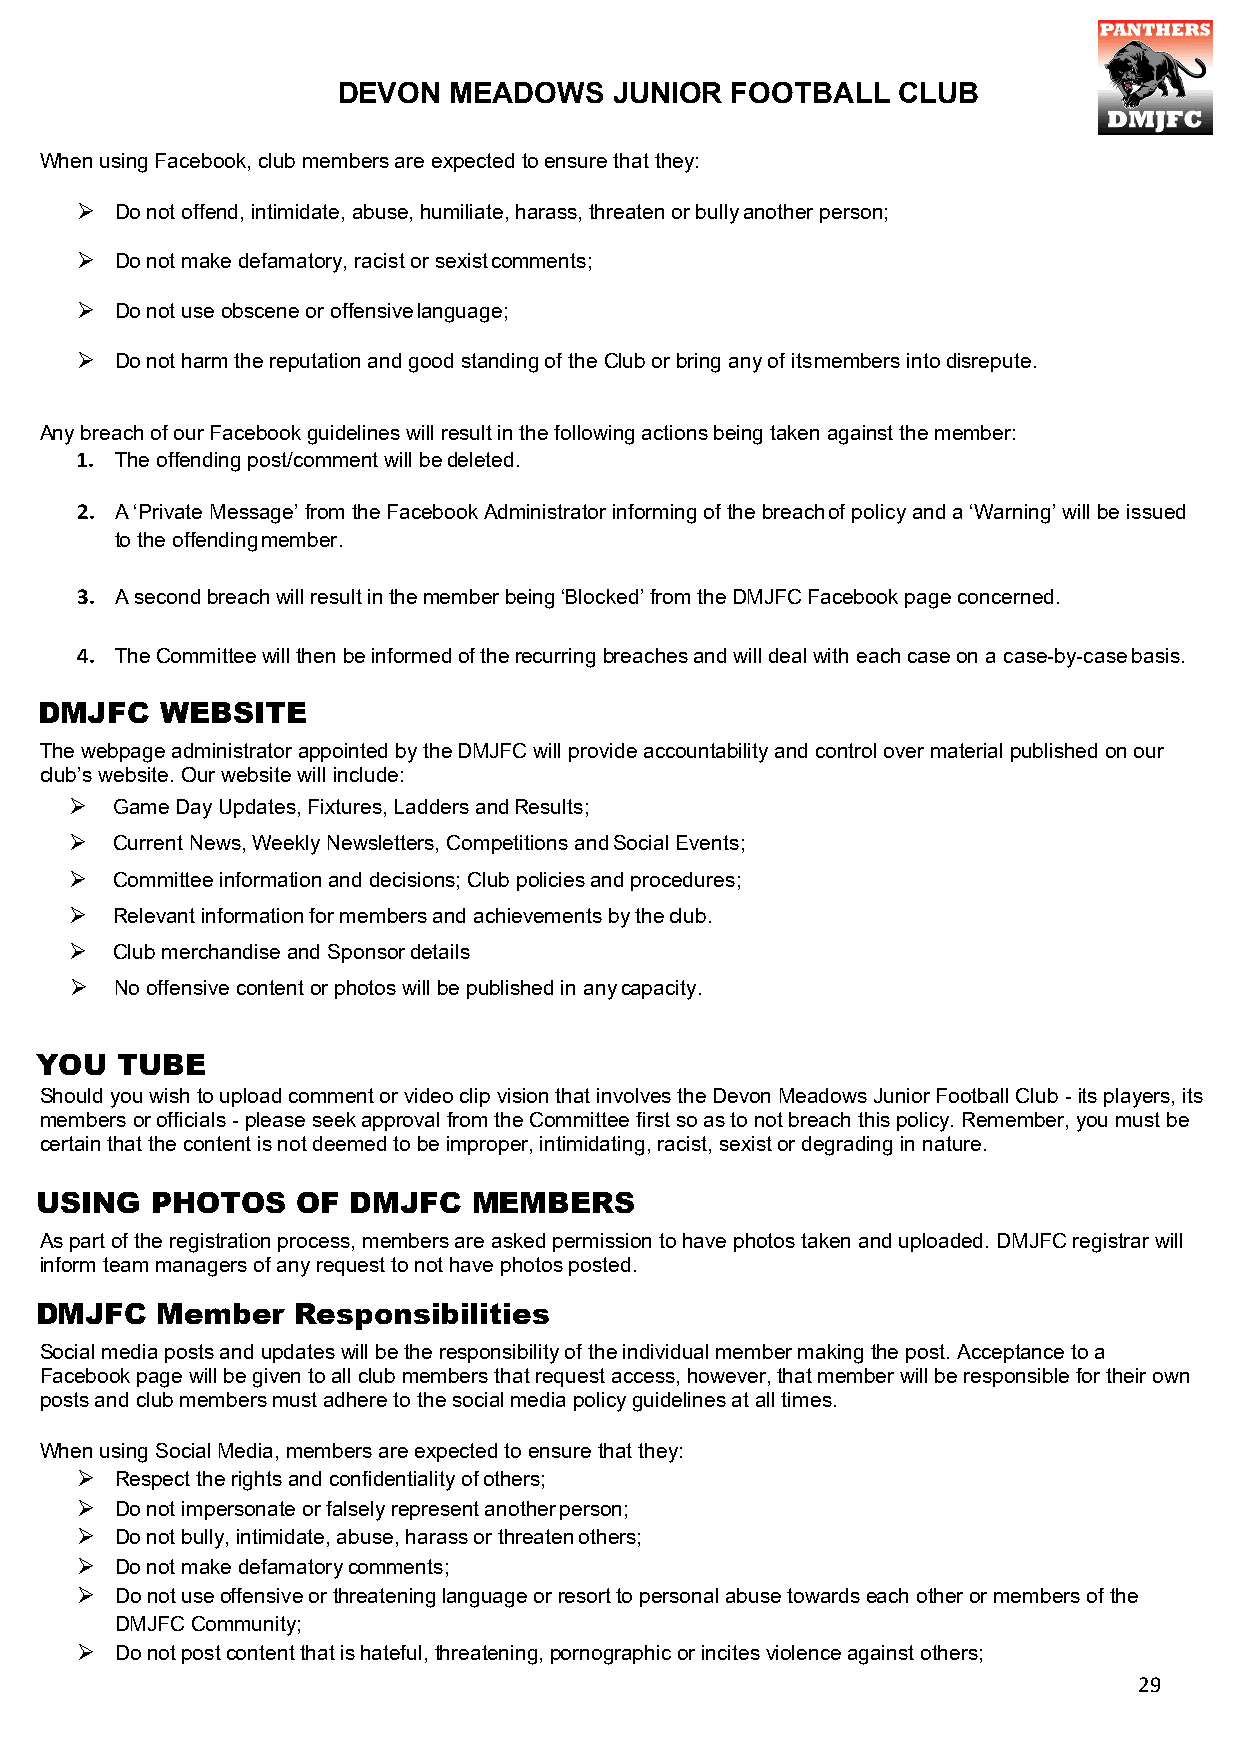
DEVON   MEADOWS    JUNIOR FOOTBALL   CLUB
 When using Facebook, club members are expected to ensure that they:
   Do not offend, intimidate, abuse, humiliate, harass, threaten or bully another person;
   Do not make defamatory, racist or sexist comments;
   Do not use obscene or offensive language;
   Do not harm the reputation and good standing of the Club or bring any of its members into disrepute.
 Any breach of our Facebook guidelines will result in the following actions being taken against the member:
 1. The offending post/comment will be deleted.
 2. A ‘Private Message’ from the Facebook Administrator informing of the breach of policy and a ‘Warning’ will be issued
 to the offending member.
 3. A second breach will result in the member being ‘Blocked’ from the DMJFC Facebook page concerned.
 4. The Committee will then be informed of the recurring breaches and will deal with each case on a case-by-case basis.
 DMJFC   WEBSITE
 The webpage administrator appointed by the DMJFC will provide accountability and control over material published on our
 club’s website. Our website will include:
   Game Day Updates, Fixtures, Ladders and Results;
   Current News, Weekly Newsletters, Competitions and Social Events;
   Committee information and decisions; Club policies and procedures;
   Relevant information for members and achievements by the club.
   Club merchandise and Sponsor details
   No offensive content or photos will be published in any capacity.
 YOU   TUBE
 Should you wish to upload comment or video clip vision that involves the Devon Meadows Junior Football Club - its players, its
 members or officials - please seek approval from the Committee first so as to not breach this policy. Remember, you must be
 certain that the content is not deemed to be improper, intimidating, racist, sexist or degrading in nature.
 USING   PHOTOS    OF DMJFC   MEMBERS
 As part of the registration process, members are asked permission to have photos taken and uploaded. DMJFC registrar will
 inform team managers of any request to not have photos posted.
 DMJFC   Member    Responsibilities
 Social media posts and updates will be the responsibility of the individual member making the post. Acceptance to a
 Facebook page will be given to all club members that request access, however, that member will be responsible for their own
 posts and club members must adhere to the social media policy guidelines at all times.
 When using Social Media, members are expected to ensure that they:
   Respect the rights and confidentiality of others;
   Do not impersonate or falsely represent another person;
   Do not bully, intimidate, abuse, harass or threaten others;
   Do not make defamatory comments;
   Do not use offensive or threatening language or resort to personal abuse towards each other or members of the
 DMJFC Community;
   Do not post content that is hateful, threatening, pornographic or incites violence against others;
 29